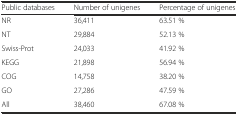
<table><thead><tr><td><b>Public databases</b></td><td><b>Number of unigenes</b></td><td><b>Percentage of unigenes</b></td></tr></thead><tbody><tr><td>NR</td><td>36,411</td><td>63.51 %</td></tr><tr><td>NT</td><td>29,884</td><td>52.13 %</td></tr><tr><td>Swiss-Prot</td><td>24,033</td><td>41.92 %</td></tr><tr><td>KEGG</td><td>21,898</td><td>56.94 %</td></tr><tr><td>COG</td><td>14,758</td><td>38.20 %</td></tr><tr><td>GO</td><td>27,286</td><td>47.59 %</td></tr><tr><td>All</td><td>38,460</td><td>67.08 %</td></tr></tbody></table>